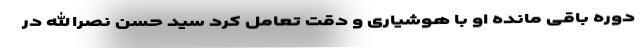
دوره باقی مانده او با هوشیاری و دقت تعامل کرد سید حسن نصرالله در